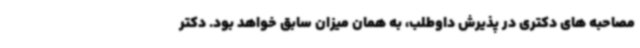
مصاحبه های دکتری در پذیرش داوطلب، به همان میزان سابق خواهد بود. دکتر